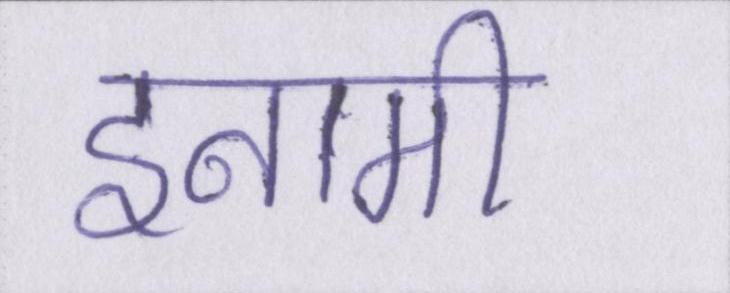
इनामी